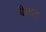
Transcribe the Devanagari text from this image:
बैकट